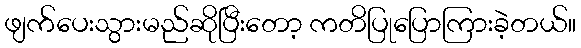
ဖျက်ပေးသွားမည်ဆိုပြီးတော့ ကတိပြုပြောကြားခဲ့တယ်။